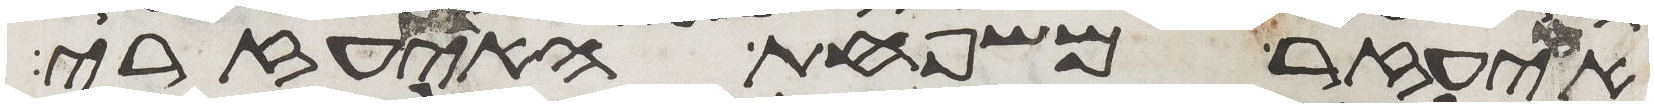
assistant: איעזר משפחת האיעזרי